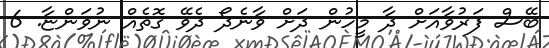
ބޭސް ފަރުވާއަށް ދާ މީހުން ދަށް ވާނެދޯ ދެވޭ ގޮތެއް ނުވަންޏާ. 6